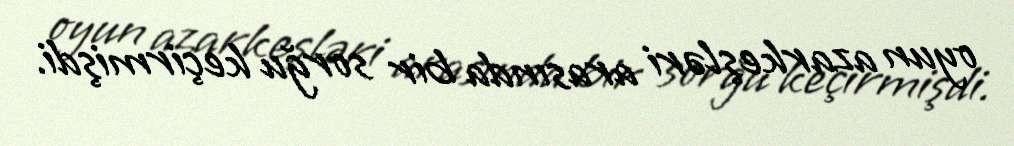
oyun azarkeşləri arasında bir sorğu keçirmişdi.